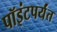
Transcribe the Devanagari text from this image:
पॉइंटपर्यंत